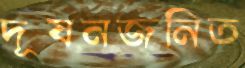
দূষনজনিত